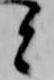
と